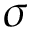
\sigma